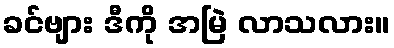
ခင်ဗျား ဒီကို အမြဲ လာသလား။